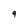
Character: 9